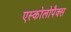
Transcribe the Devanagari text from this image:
एस्कोलोपैक्स